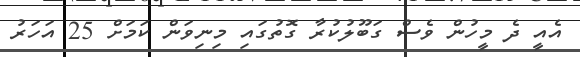
އެއީ ދެ މީހުން ވެސް ގަބޫލުކުރާ ގޮޮތުގައި މިނިވަން ކަމަށް 25 އަހަރު